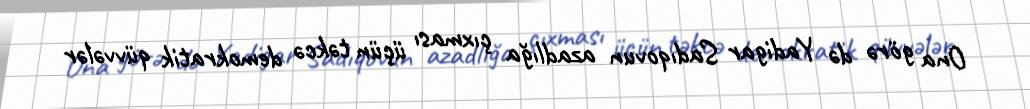
Ona görə də Yadigar Sadıqovun azadlığa çıxması üçün təkcə demokratik qüvvələr